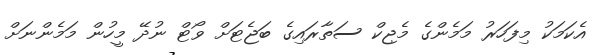
އެކަމަކު މިފަހަރު މަމެންގެ މެޖިކް ސަތާރައިގެ ބަޖެޓަށް ވޯޓް ނުދޭ މީހުން މަމެންނަށް